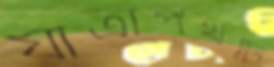
যাত্রাপথটি